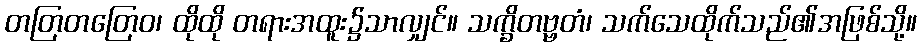
တတြတတြေဝ၊ ထိုထို တရားအထူး၌သာလျှင်။ သက္ခိတဗ္ဗတံ၊ သက်သေထိုက်သည်၏အဖြစ်သို့။